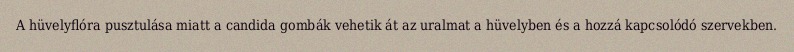
A hüvelyflóra pusztulása miatt a candida gombák vehetik át az uralmat a hüvelyben és a hozzá kapcsolódó szervekben.